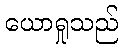
ယောရှုသည်